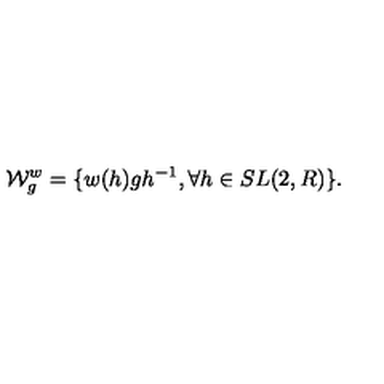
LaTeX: { \cal W } _ { g } ^ { w } = \{ w ( h ) g h ^ { - 1 } , \forall h \in S L ( 2 , R ) \} .